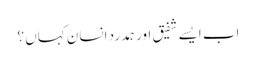
اب ایسے شفیق اور ہمدرد انسان کہاں ؟